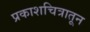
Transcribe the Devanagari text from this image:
प्रकाशचित्रातून